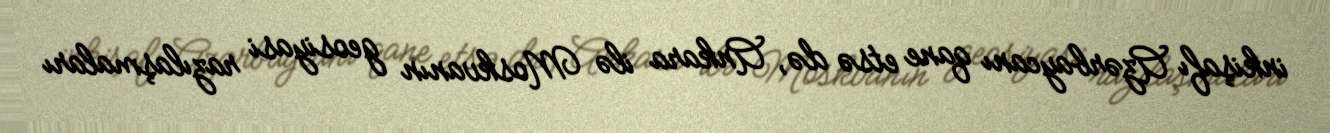
inkişafı Azərbaycanı qane etsə də, Ankara ilə Moskvanın geosiyasi razılaşmaları